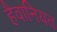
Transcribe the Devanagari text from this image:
हैवानियत